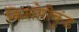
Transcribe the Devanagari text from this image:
किशोरीकुंड